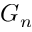
G _ { n }